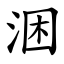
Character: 涃